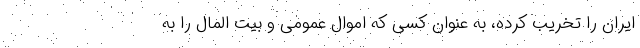
ایران را تخریب کرده، به عنوان کسی که اموال عمومی و بیت المال را به